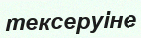
тексеруіне